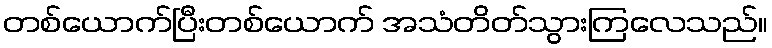
တစ်ယောက်ပြီးတစ်ယောက် အသံတိတ်သွားကြလေသည်။